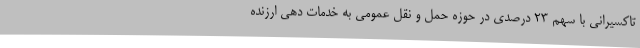
تاکسیرانی با سهم ۲۳ درصدی در حوزه حمل و نقل عمومی به خدمات دهی ارزنده